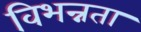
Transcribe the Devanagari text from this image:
विभन्नता